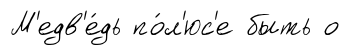
М'едв'е́дь по́л'юс'е быть о